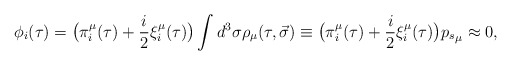
\begin{align*}\phi_i(\tau) = \big(\pi_i^\mu (\tau) + \frac i2 \xi_i^\mu(\tau)\big)\int{d^3\sigma \rho_\mu (\tau, \vec{\sigma})\equiv \big(\pi_i^\mu(\tau) + \frac i2 \xi_i^\mu(\tau)\big){p_s}_\mu} \approx 0,\end{align*}